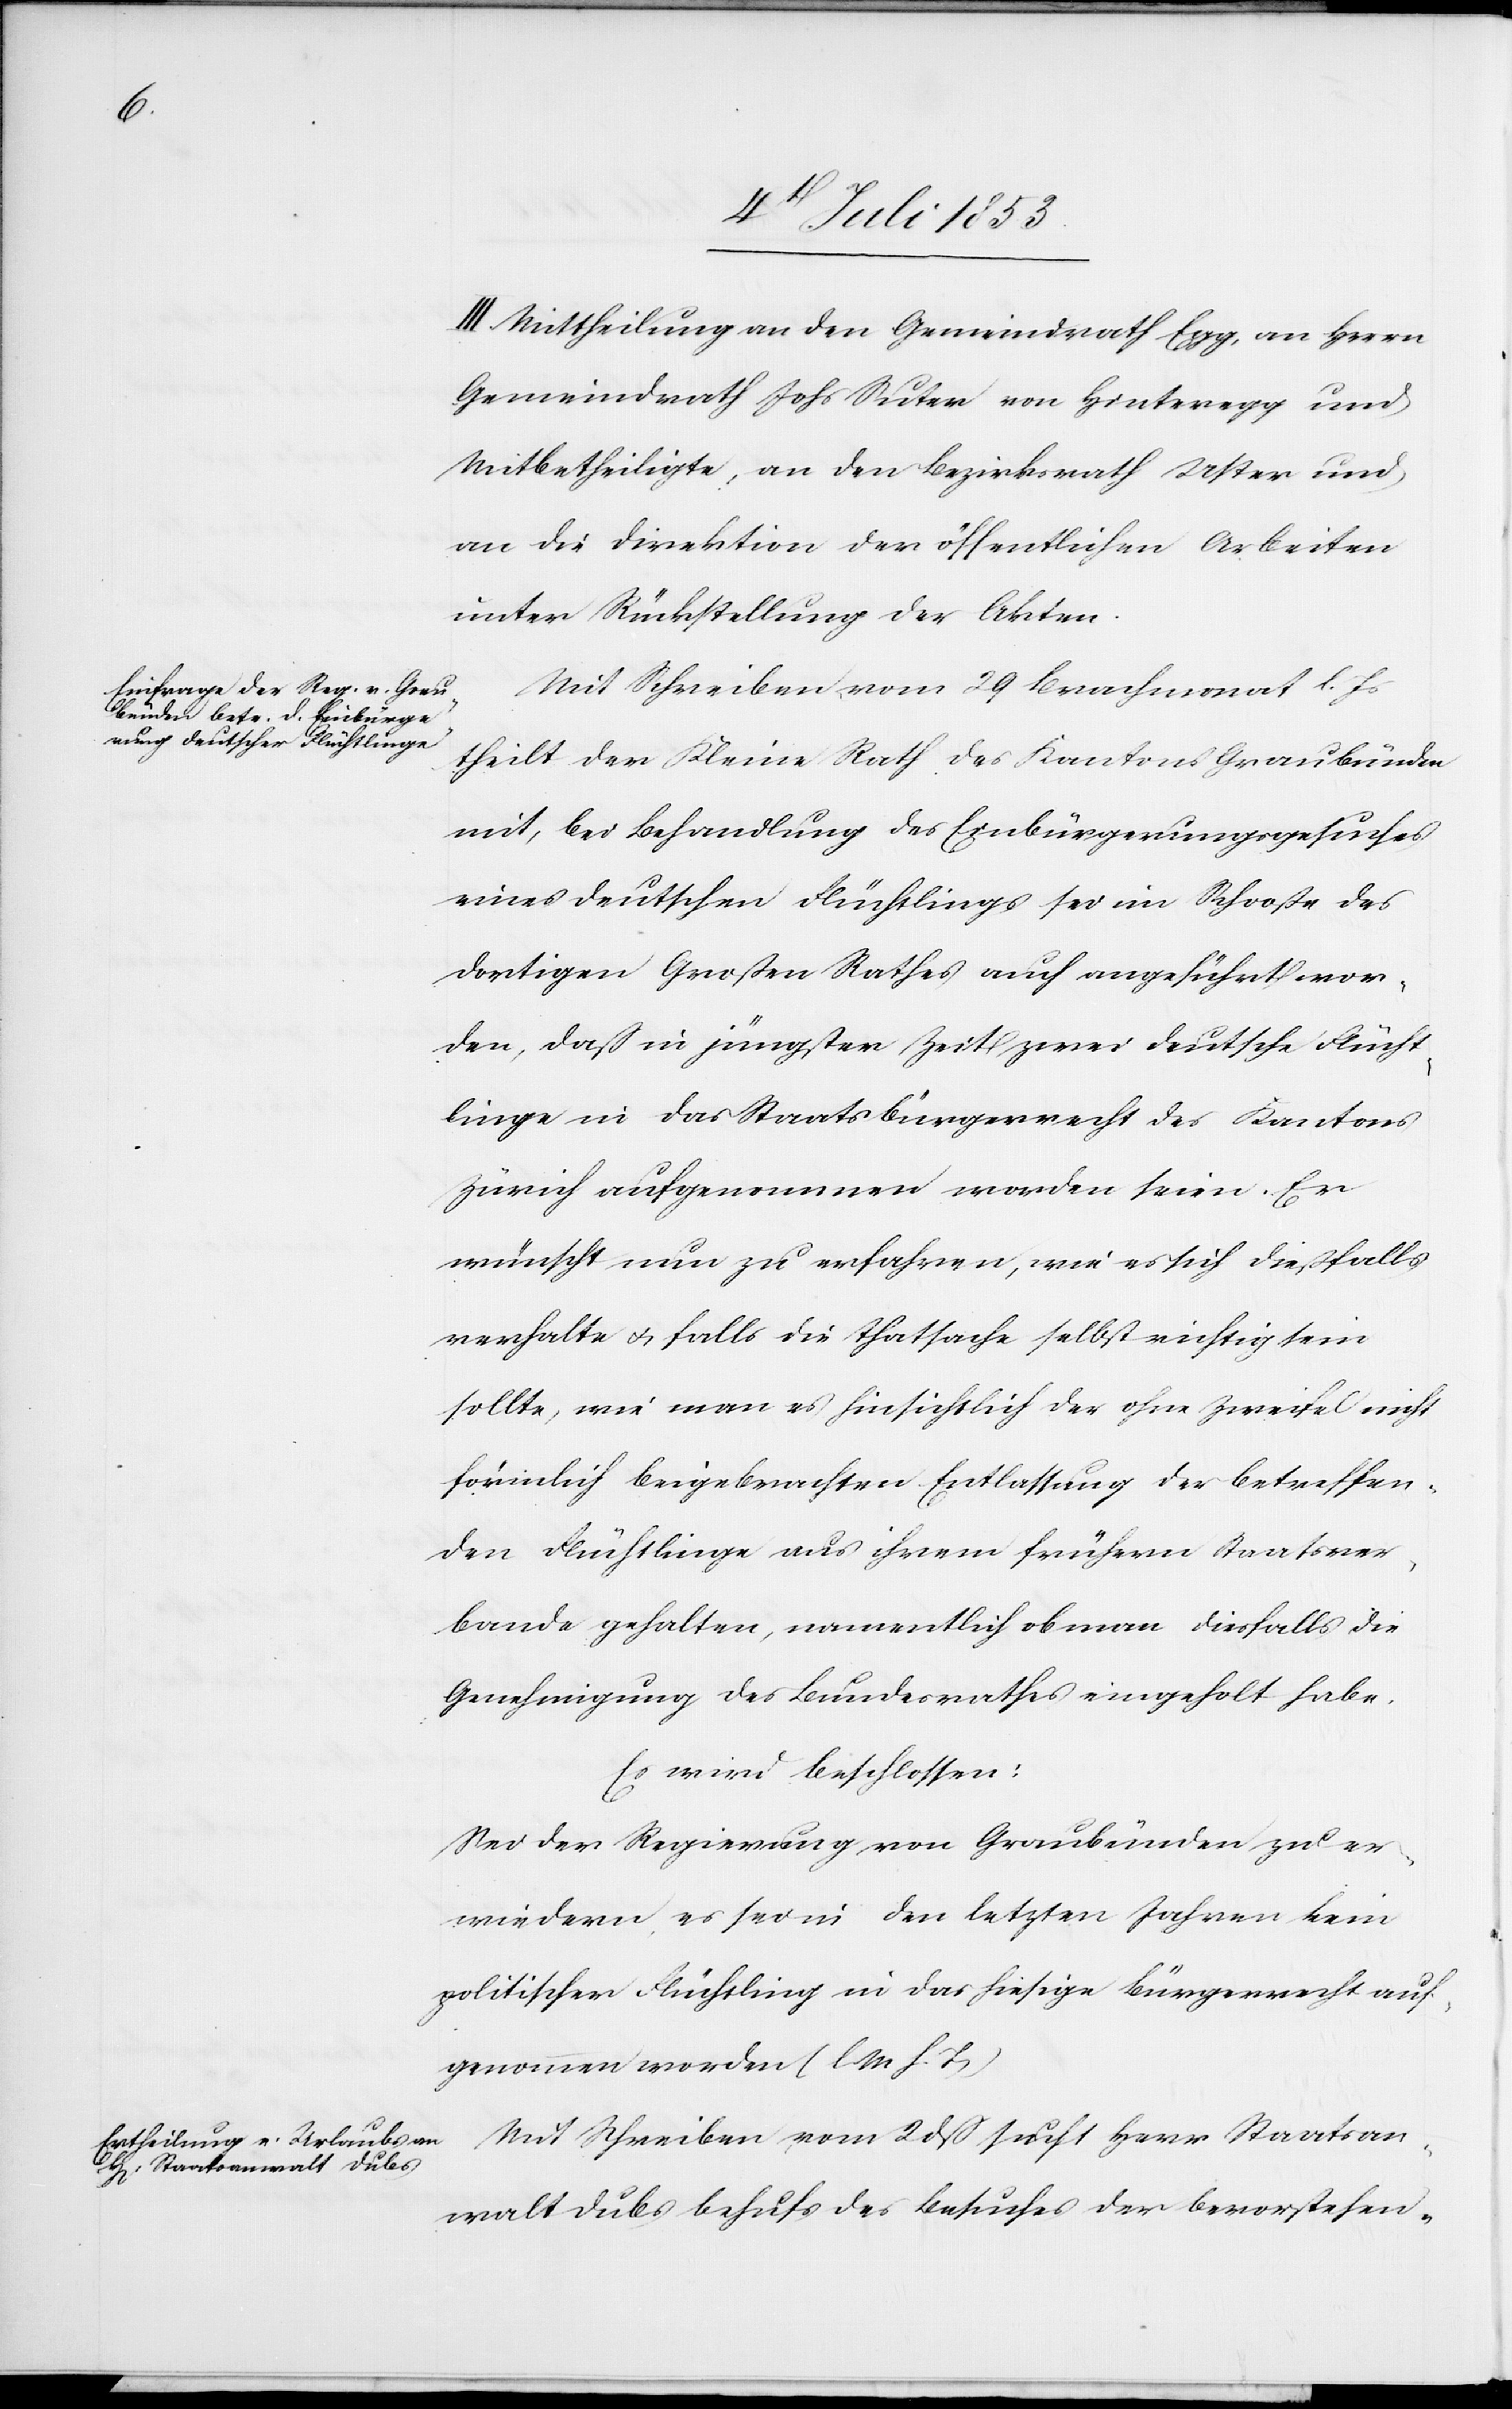
III. Mittheilung an den Gemeindrath Egg, an Herrn
Gemeindrath Johs Suter von Hinteregg und
Mitbetheiligte, an den Bezirksrath Uster und
an die Direktion der öffentlichen Arbeiten
unter Rückstellung der Akten.
Mit Schreiben vom 29 Brachmonat l. Js.
theilt der Kleine Rath des Kantons Graubünden
mit, bei Behandlung des Einbürgerungsgesuches
eines deutschen Flüchtlings sei im Schoße des
dortigen Großen Rathes auch angeführt wor¬
den, daß in jüngster Zeit zwei deutsche Flücht¬
linge in das Staatsbürgerrecht des Kantons
Zürich aufgenommen worden seien. Er
wünscht nun zu erfahren, wie es sich dießfalls
verhalte u. falls die Thatsache selbst richtig sein
sollte, wie man es hinsichtlich der ohne Zweifel nicht
förmlich beigebrachten Entlassung der betreffen¬
den Flüchtlinge aus ihrem frühern Staatsver¬
bande gehalten, namentlich ob man diesfalls die
Genehmigung des Bundesrathes eingeholt habe.
Es wird beschlossen:
Sei der Regierung von Graubünden zu er¬
wiedern es sei in den letzten Jahren kein
politischer Flüchtling in das hiesige Bürgerrecht auf¬
genommen worden. [l. M. h. T.]
Mit Schreiben vom 28 dß sucht Herr Staatsan¬
walt Dubs behufs des Besuches der bevorstehen-